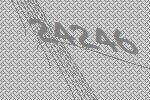
24246